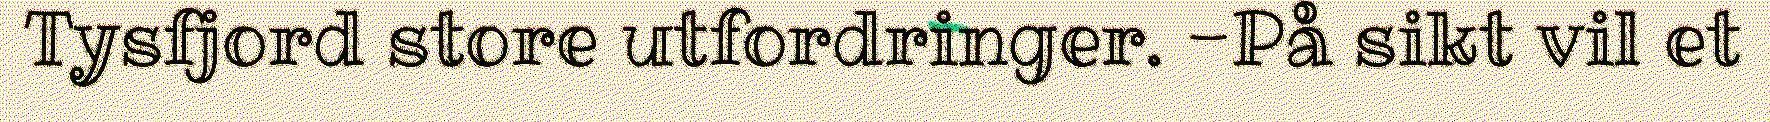
Tysfjord store utfordringer. -På sikt vil et